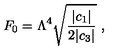
F _ { 0 } = \Lambda ^ { 4 } \sqrt { \frac { | c _ { 1 } | } { 2 | c _ { 3 } | } } \ ,